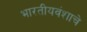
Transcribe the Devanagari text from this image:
भारतीयवंशाचे